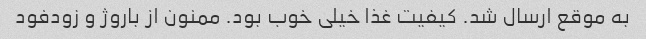
به موقع ارسال شد. کیفیت غذا خیلی خوب بود. ممنون از باروژ و زودفود